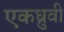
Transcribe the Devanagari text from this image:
एकध्रुवी